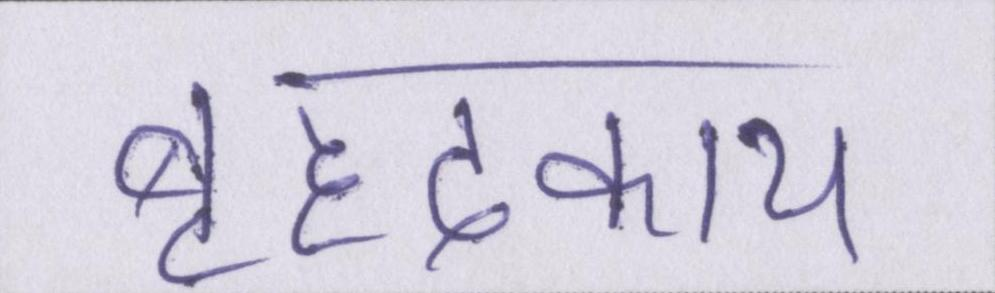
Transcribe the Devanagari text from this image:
बृहदकाय